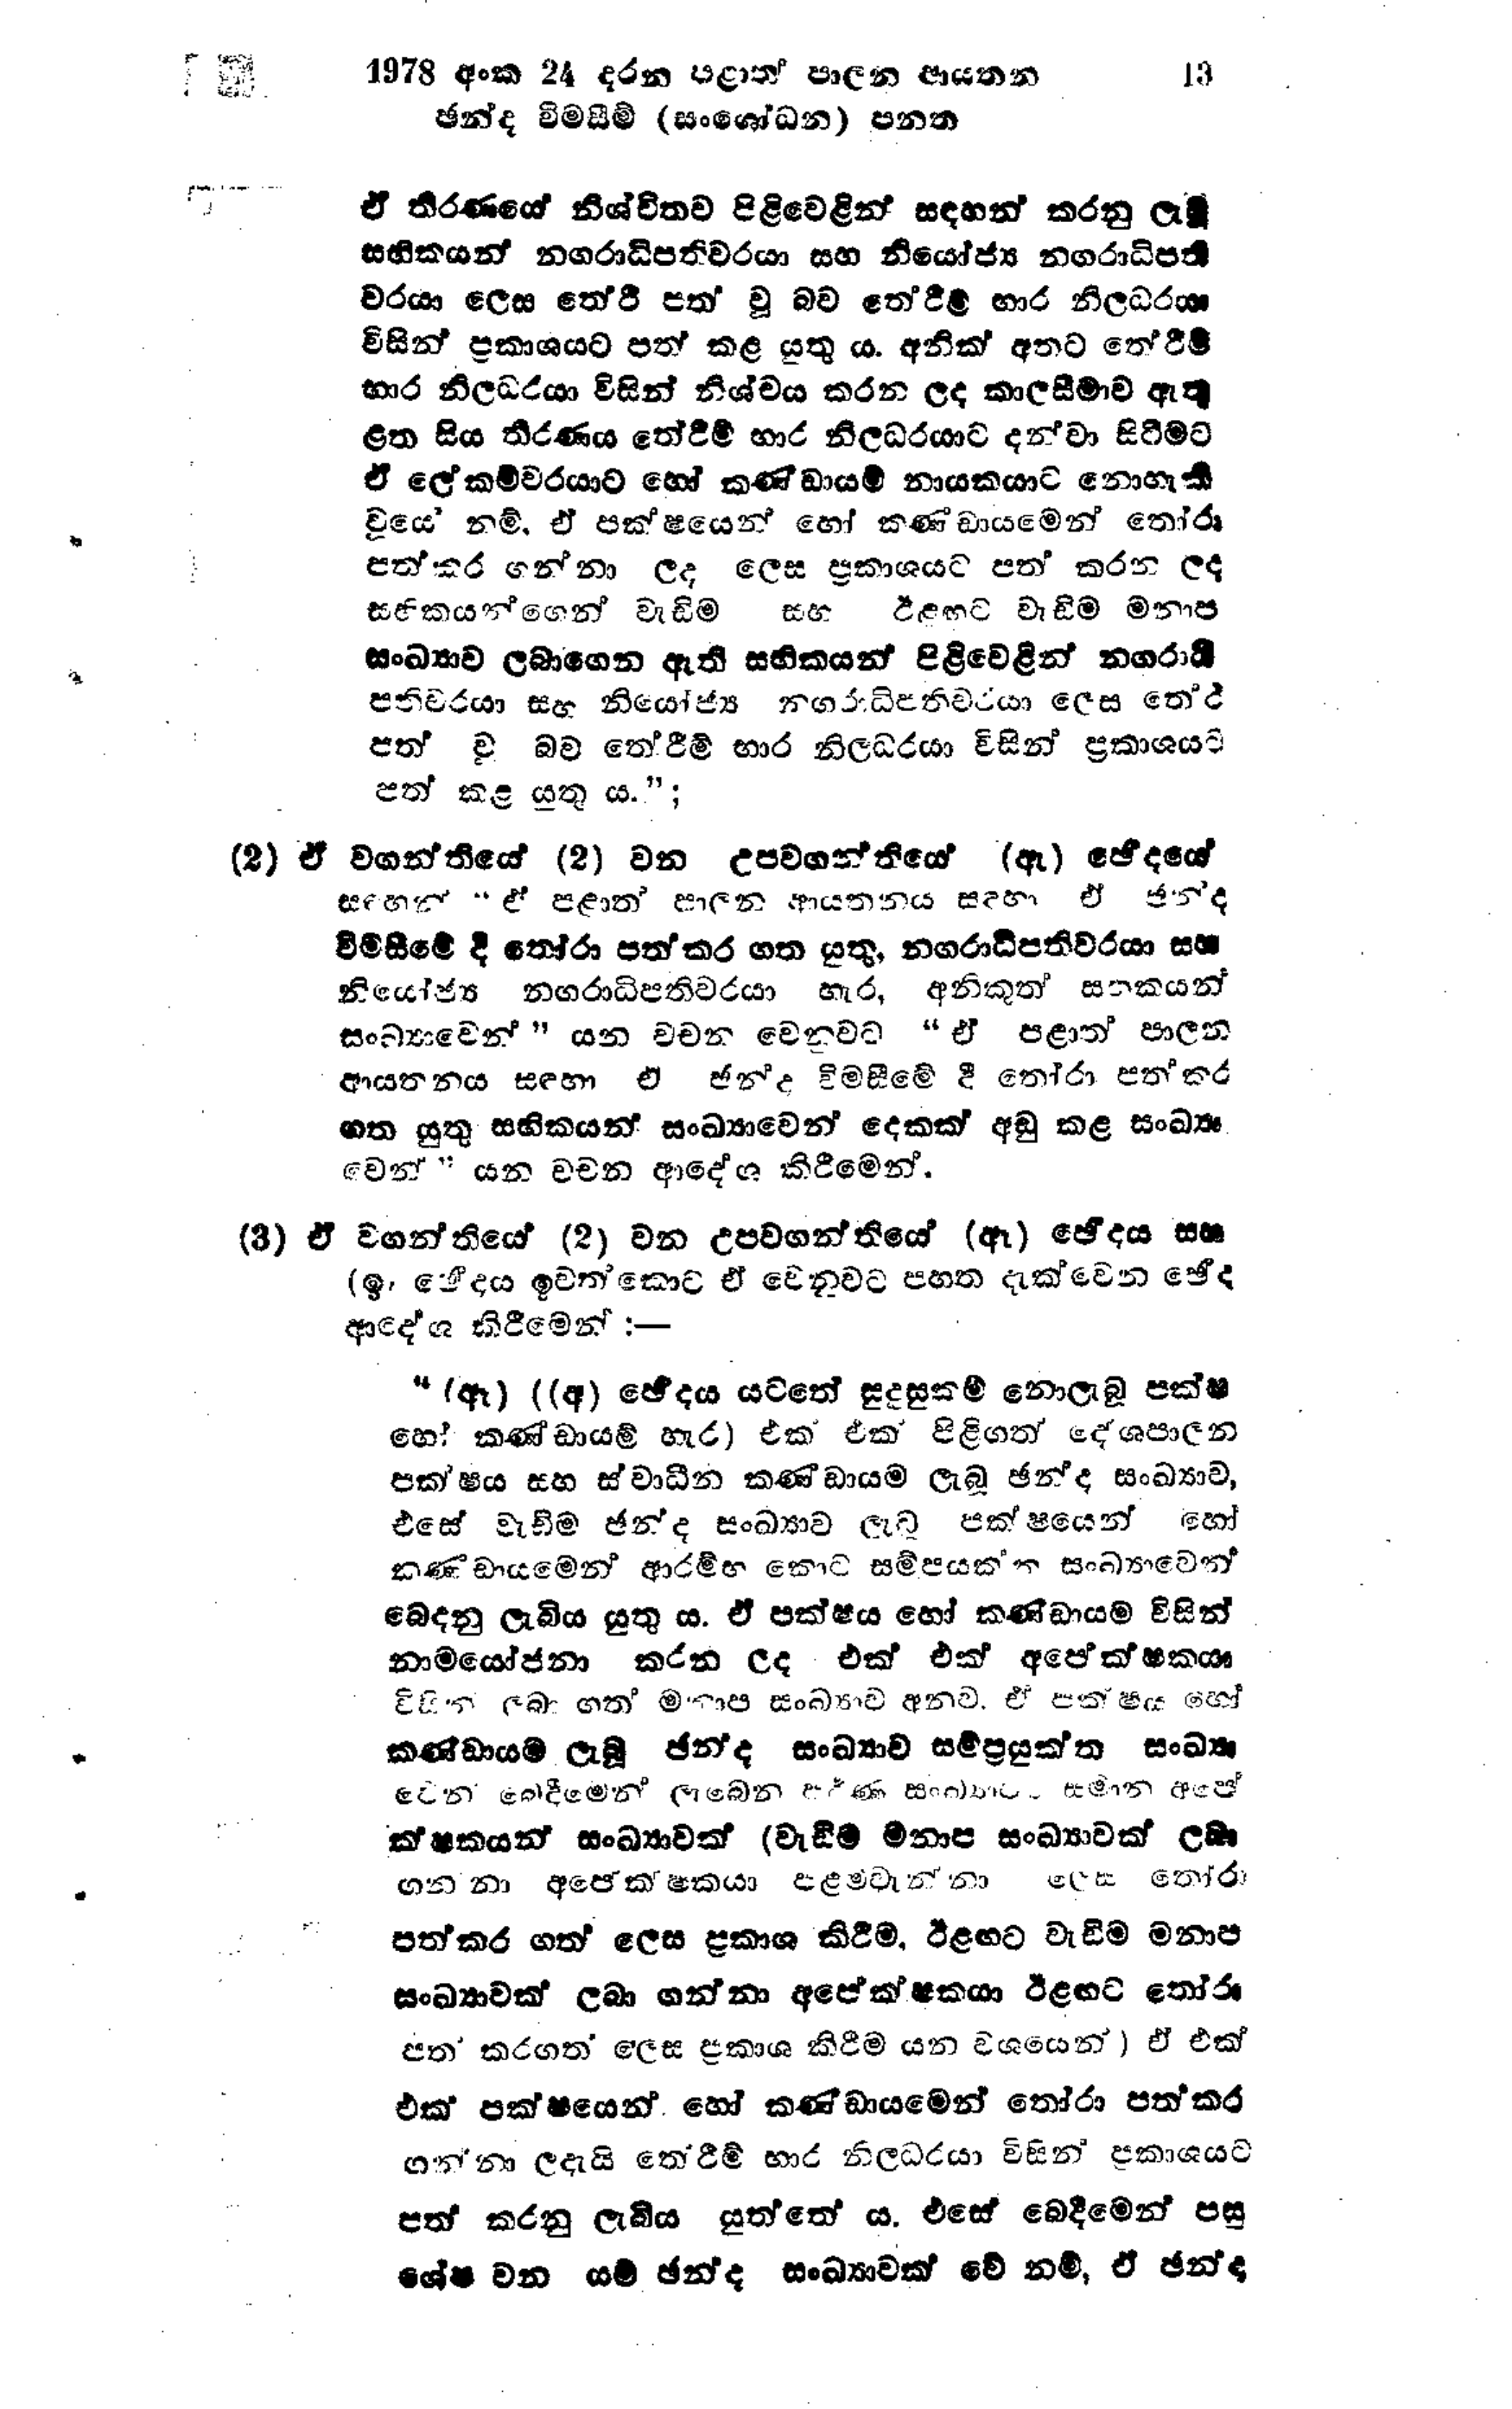
1978 අංක 24 දරන පළාත් පාලන ආයතන 13
ඡන්ද විමසීම් (සංශෝධන) පනත

ඒ තීරණයේ නිශ්චිතව පිළිවෙළින් සඳහන් කරනු ලැබූ
සභිකයන් නගරාධිපතිවරයා සහ නියෝජ්‍ය නගරාධිපති
වරයා ලෙස තේරී පත් වූ බව තේරීම් භාර නිලධරයා
විසින් ප්‍රකාශයට පත් කළ යුතු ය. අනික් අතට තේරීම්
භාර නිලධරයා විසින් නිශ්චය කරන ලද කාලසීමාව ඇතු
ළත සිය තීරණය තේරීම් භාර නිලධරයාට දන්වා සිටීමට
ඒ ලේකම්වරයාට හෝ කණ්ඩායම් නායකයාට නොහැකි
වූයේ නම්, ඒ පක්ෂයෙන් හෝ කණ්ඩායමෙන් තෝරා
පත්කර ගන්නා ලද ලෙස ප්‍රකාශයට පත් කරන ලද
සභිකයන්ගෙන් වැඩිම සහ ඊළඟට වැඩිම මනාප
සංඛ්‍යාව ලබාගෙන ඇති සභිකයන් පිළිවෙළින් නගරාධි
පතිවරයා සහ නියෝජ්‍ය නගරාධිපතිවරයා ලෙස තේරී
පත් වු බව තේරීම් භාර නිලධරයා විසින් ප්‍රකාශයට
පත් කළ යුතු ය.";

(2) ඒ වගන්තියේ (2) වන උපවගන්තියේ (ඇ) ඡේදයේ
සහන් ඒ පළාත් පාලන ආයතනය සඳහා ඒ ජන්ද
විමසීමේ දී තෝරා පත් කර ගත යුතු, නගරාධිපතිවරයා සහ
නියෝජ්‍ය නගරාධිපතිවරයා හැර, අනිකුත් සහකයන්
සංඛ්‍යාවෙන් " යන වචන වෙනුවට "ඒ පළාත් පාලන
ආයතනය සඳහා ඒ ඡන්ද විමසීමේ දී තෝරා පත් කර
ගත යුතු සභිකයන් සංඛ්‍යාවෙන් දෙකක් අඩු කළ සංඛ්‍යා
වෙන්" යන වචන ආදේශ කිරීමෙන්.

(3) ඒ වගන්තියේ (2) වන උපවගන්තියේ (ඈ) ඡේදය සහ
(ඉ) ඡේදය ඉවත් කොට ඒ වෙනුවට පහත දැක්වෙන ඡේද
ආදේශ කිරීමෙන් :-

“(ඈ) ((අ) ඡේදය යටතේ සුදුසුකම් නොලැබූ පක්ෂ
හෝ කණ්ඩායම් හැර එක් එක් පිළිගත් දේශපාලන
පක්ෂය සහ ස්වාධීන කණ්ඩායම ලැබූ ඡන්ද සංඛ්‍යාව
එසේ වැඩිම ඡන්ද සංඛ්‍යාව ලැබූ පක්ෂයෙන් හෝ
කණ්ඩායමෙන් ආරම්භ කොට සම්පයක්ත සංඛ්‍යාවෙන්
බෙදනු ලැබිය යුතු ය. ඒ පක්ෂය හෝ කණ්ඩායම විසින්
නාමයෝජනා කරන ලද එක් එක් අපේක්ෂකයා
විසින් ලබා ගත් මනාප සංඛ්‍යාව අනුව, ඒ පක්ෂය හෝ
කණ්ඩායම් ලැබූ ඡන්ද සංඛ්‍යාව සම්ප්‍රයුක්ත සංඛ්‍යා
වෙන් බෙදීමෙන් ලැබෙන වර්ණ සංඛ්‍යාවට සමාන අපේ
ක්ෂකයන් සංඛ්‍යාවක් (වැඩීම් මනාප සංඛ්‍යාවක් ලබා
ගන්නා අපේකෂකයා පළමුවැන්නා ලෙස තෝරා
පත්කර ගත ලෙස ප්‍රකාශ කිරීම, ඊළඟට වැඩිම මනාප
සංඛ්‍යාවක් ලබා ගන්නා අපේක්ෂකයා ඊළඟට තෝරා
පත් කරගත් ලෙස ප්‍රකාශ කිරීම යන වශයෙන්) ඒ එක්
එක් පක්ෂයෙන් හෝ කණ්ඩායමෙන් තෝරා පත් කර
ගන්නා ලදැයි තේරීම් භාර නිලධරයා විසින් ප්‍රකාශයට
පත් කරනු ලැබිය යුත්තේය. එසේ බෙදීමෙන් පසු
ශේෂ වන යම් ඡන්ද සංඛ්‍යාවක් වේ නම්, ඒ ඡන්ද